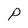
Character: p